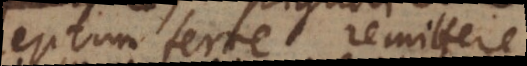
acceptum ferre remittere;